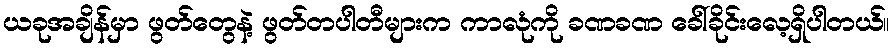
ယခုအချိန်မှာ ဖွတ်တွေနဲ့ ဖွတ်တပါတီများက ကာလုံကို ခဏခဏ ခေါ်ခိုင်းလေ့ရှိပါတယ်။